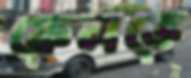
ফেলতে